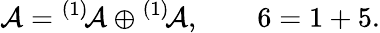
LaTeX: {\cal A}={}^{(1)}\! {\cal A}\oplus{}^{(1)}\! {\cal A},\qquad 6=1+5.